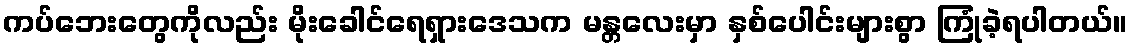
ကပ်ဘေးတွေကိုလည်း မိုးခေါင်ရေရှားဒေသက မန္တလေးမှာ နှစ်ပေါင်းများစွာ ကြုံခဲ့ရပါတယ်။